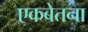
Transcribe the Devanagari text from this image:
एकबेतना